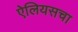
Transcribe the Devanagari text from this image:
ऐलियसचा